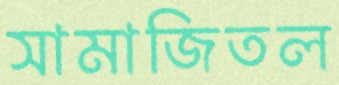
সামাজিতল